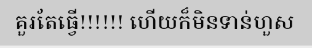
គួរតែធ្វើ!!!!!! ហើយក៏មិនទាន់ហួស